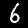
Label: 6